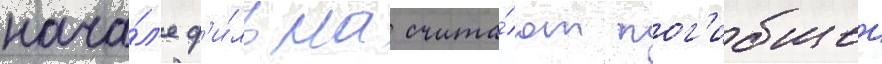
нача́л'е ф'и́льма счита́ют пог'ибшеи